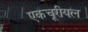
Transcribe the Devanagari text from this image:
एकचूरीयल